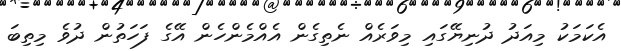
އެކަމަކު މިއަދު ދުނިޔޭގައި މިވަރެއް ނެތިގެން އެއްމެންހެން އޭގެ ފަހަތުން ދުވެ މިތިބަ